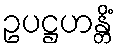
ဥပဋ္ဌဟန္တိံ